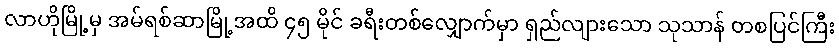
လာဟိုမြို့မှ အမ်ရစ်ဆာမြို့အထိ ၄၅ မိုင် ခရီးတစ်လျှောက်မှာ ရှည်လျားသော သုသာန် တစပြင်ကြီး